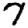
Digit: 7